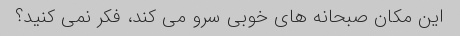
این مکان صبحانه های خوبی سرو می کند، فکر نمی کنید؟